Indian journal of veterinary science and animal husbandry - Volumes 15-17, 1948-1951
Year: 1948
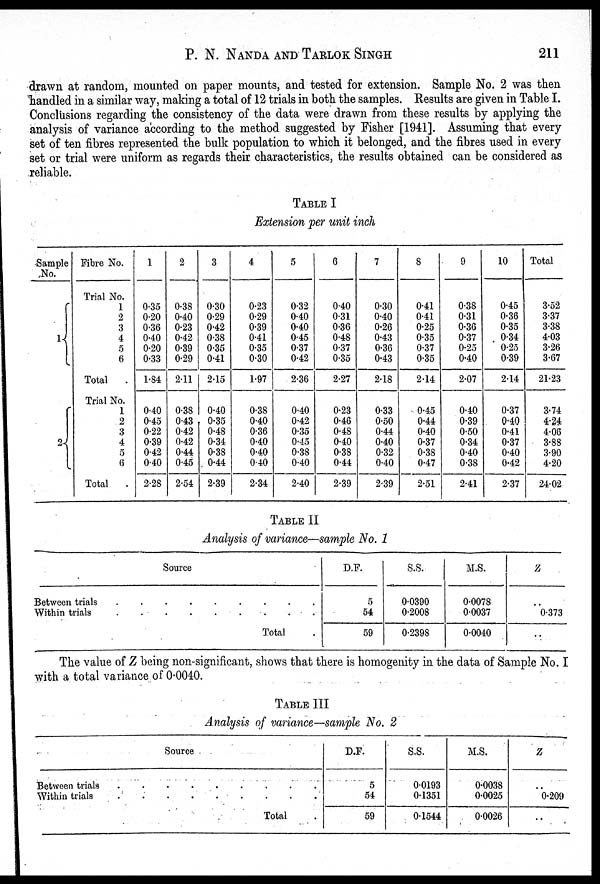
P. N. NANDA AND TARLOK SINGH 211
drawn at random, mounted on paper mounts, and tested for extension. Sample No. 2 was then
handled in a similar way, making a total of 12 trials in both the samples. Results are given in Table I.
Conclusions regarding the consistency of the data were drawn from these results by applying the
analysis of variance according to the method suggested by Fisher [1941]. Assuming that every
set of ten fibres represented the bulk population to which it belonged, and the fibres used in every
set or trial were uniform as regards their characteristics, the results obtained can be considered as
reliable.
TABLE I
Extension per unit inch
Sample
No.
1
2
Fibre No.
Trial No.
1
2
3
4
5
6
Total .
Trial No.
1
2
3
4
5
6
Total .
1
0.35
0.20
0.36
0.40
0.20
0.33
1.84
0.40
0.45
0.22
0.39
0.42
0.40
2.28
2
0.38
0.40
0.23
0.42
0.39
0.29
2.11
0.38
0.43
0.42
0.42
0.44
0.45
2.54
3
0.30
0.29
0.42
0.38
0.35
0.41
2.15
0.40
0.35
0.48
0.34
0.38
0.44
2.39
4
0.23
0.29
0.39
0.41
0.35
0.30
1.97
0.38
0.40
0.36
0.40
0.40
0.40
2.34
5
0.32
0.40
0.40
0.45
0.37
0.42
2.36
0.40
0.42
0.35
0.45
0.38
0.40
2.40
6
0.40
0.31
0.36
0.48
0.37
0.35
2.27
0.23
0.46
0.48
0.40
0.38
0.44
2.39
7
0.30
0.40
0.26
0.43
0.36
0.43
2.18
0.33
0.50
0.44
0.40
0.32
0.40
2.39
8
0.41
0.41
0.25
0.35
0.37
0.35
2.14
0.45
0.44
0.40
0.37
0.38
0.47
2.51
9
0.38
0.31
0.36
0.37
0.25
0.40
2.07
0.40
0.39
0.50
0.34
0.40
0.38
2.41
10
0.45
0.36
0.35
0.34
0.25
0.39
2.14
0.37
0.40
0.41
0.37
0.40
0.42
2.37
Total
3.52
3.37
3.38
4.03
3.26
3.67
21.23
3.74
4.24
4.06
3.88
3.90
4.20
24.02
TABLE II
Analysis of variance—sample No. 1
Source
Between trials
.
.
.
.
.
.
.
.
.
Within trials . . . . . . . . .
Total .
D.F.
5
54
59
S.S.
0.0390
0.2008
0.2398
M.S.
0.0078
0.0037
0.0040
Z
..
0.373
..
The value of Z being non-significant, shows that there is homogenity in the data of Sample No. I
with a total variance of 0.0040.
TABLE III
Analysis of variance—sample No. 2
Source
Between trials
.
.
.
.
.
.
.
.
.
Within trials . . . . . . . . .
Total .
D.F.
5
54
59
S.S.
0.0193
0.1351
0.1544
M.S.
0.0038
0.0025
0.0026
Z
..
0.209
..